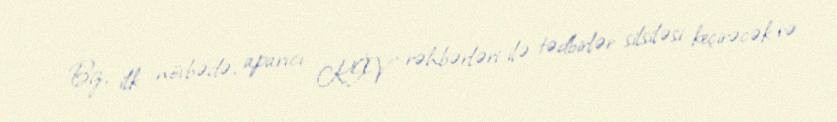
Biz, ilk növbədə, aparıcı KİV rəhbərləri ilə tədbirlər silsiləsi keçirəcək və